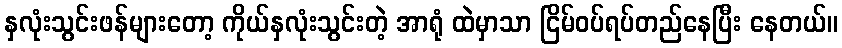
နှလုံးသွင်းဖန်များတော့ ကိုယ်နှလုံးသွင်းတဲ့ အာရုံ ထဲမှာသာ ငြိမ်ဝပ်ရပ်တည်နေပြီး နေတယ်။